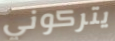
يتركوني